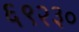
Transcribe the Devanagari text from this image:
६९२३०